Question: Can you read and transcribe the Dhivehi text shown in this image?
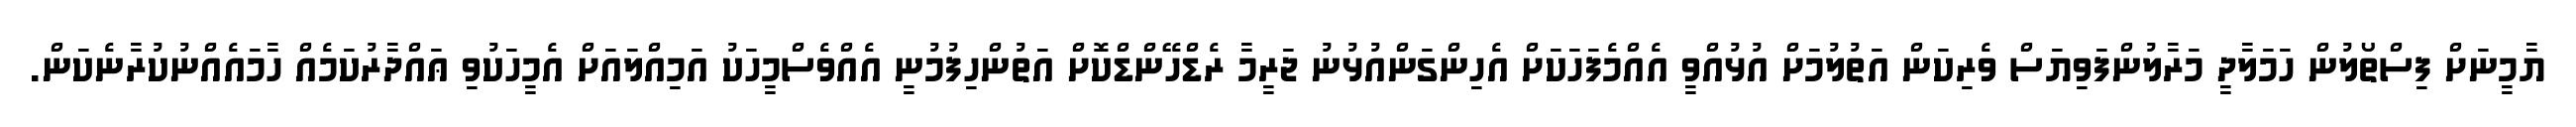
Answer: ޔާމީނަށް ފިސްތޯލުން ހަމަލާދީ މަރާލުންފަވިޔަސް ވެރިކަން އަތުލުމަށް އުޅުއްވީ އެއްމެފަހަކަށް އެހިންގަންއުޅުނު ޖަރީމާ ރެޑްހޭންޑްކޮށް އަތުންހިފުމުނީ އެއްވެސްމީހަކު އަމިއްލައަށް އެމީހަކުވި ޢައްދާރުކަމެއް ހާމައެއްނުކުރާނެކަން.